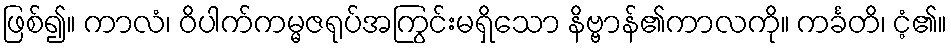
ဖြစ်၍။ ကာလံ၊ ဝိပါက်ကမ္မဇရုပ်အကြွင်းမရှိသော နိဗ္ဗာန်၏ကာလကို။ ကင်္ခတိ၊ ငံ့၏။